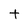
Character: t